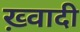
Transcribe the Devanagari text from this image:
ख़्वादी